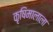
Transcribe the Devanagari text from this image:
कृषिमालाला